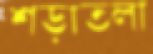
শড়াতলা